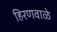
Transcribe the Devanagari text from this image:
हिरणवाळे